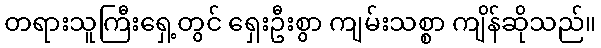
တရားသူကြီးရှေ့တွင် ရှေးဦးစွာ ကျမ်းသစ္စာ ကျိန်ဆိုသည်။